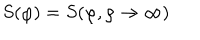
S ( \varphi ) = S ( \varphi , \rho \rightarrow \infty )